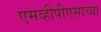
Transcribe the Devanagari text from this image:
एमव्हीपीएसाच्या